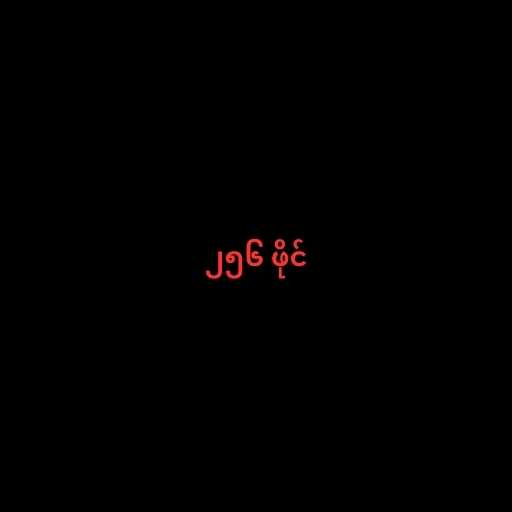
၂၅၆ ဖိုင်